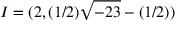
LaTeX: I = ( 2 , ( 1 / 2 ) { \sqrt { - 2 3 } } - ( 1 / 2 ) )